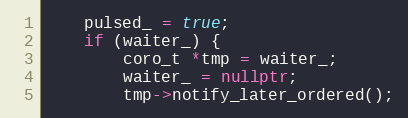
Language: C++
    pulsed_ = true;
    if (waiter_) {
        coro_t *tmp = waiter_;
        waiter_ = nullptr;
        tmp->notify_later_ordered();